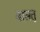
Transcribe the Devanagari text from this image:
बासत्